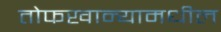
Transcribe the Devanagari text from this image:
तोफखान्यामधील